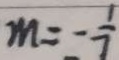
m = - \frac { 1 } { 7 }